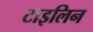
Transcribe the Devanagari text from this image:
टाइलिन